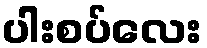
ပါးစပ်လေး